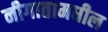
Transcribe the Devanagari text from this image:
नीगातामधील